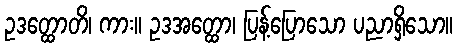
ဥဒတ္ထောတိ၊ ကား။ ဥဒအတ္ထော၊ ပြန့်ပြောသော ပညာရှိသော။